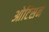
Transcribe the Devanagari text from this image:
ओटिसने